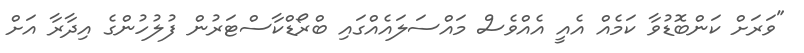
"ވަރަށް ކަންބޮޑުވާ ކަމެއް އެއީ އެއްވެސް މައްސަލައެއްގައި ބްރޯޑްކާސްޓަރުން ފުލުހުންގެ އިދާރާ އަށް